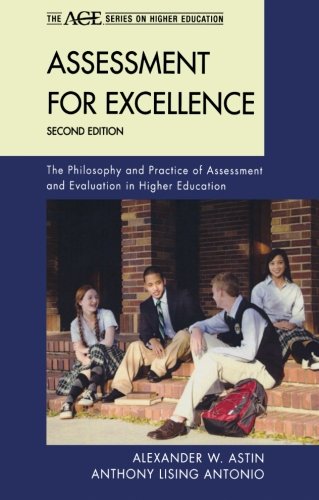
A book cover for Assessment for Excellence: The Philosophy and Practice of Assessment and Evaluation in Higher Education (The ACE Series on Higher Education); Alexander W. Astin; Education & Teaching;